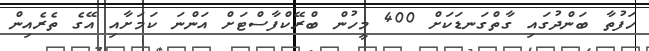
ހަފުތާ ބަންދުގައި ގާތްގަނޑަކަށް 400 މީހުން ބްރޭކްފާސްޓަށް އަންނަ ކަމަށާއި އޭގެ ތެރެއިން